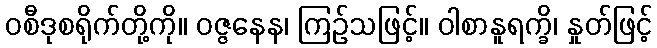
ဝစီဒုစရိုက်တို့ကို။ ဝဇ္ဇနေန၊ ကြဉ်သဖြင့်။ ဝါစာနူရက္ခိ၊ နှုတ်ဖြင့်